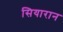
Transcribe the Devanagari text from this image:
सियारान